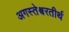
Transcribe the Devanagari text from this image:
अगस्तेश्वरतीर्थ